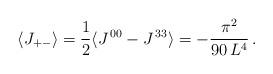
LaTeX: \begin{align*} \langle J_{+ - }\rangle = \frac{1}{2}\langle J^{\,00} - J^{\,33} \rangle = - \frac{\pi ^{2}}{90 \, L^{4}} \, .\end{align*}